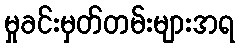
မှုခင်းမှတ်တမ်းများအရ